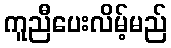
ကူညီပေးလိမ့်မည်